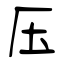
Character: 压